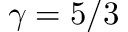
\gamma = 5 / 3